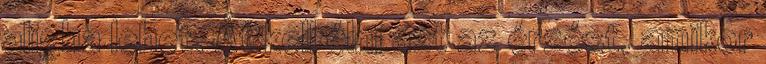
aligha lehet. Át kell élni azt az érzést, amikor